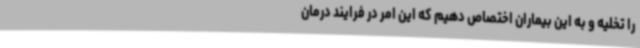
را تخلیه و به این بیماران اختصاص دهیم که این امر در فرایند درمان